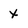
Character: x